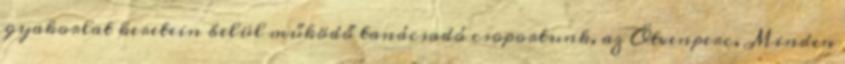
gyakorlat keretein belül működő tanácsadó csoportunk, az Ötvenperc. Minden